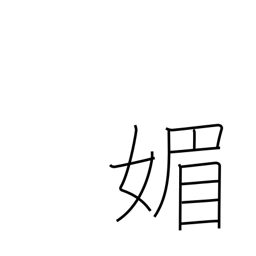
Meaning: flatter